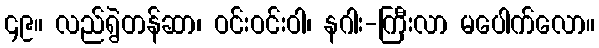
၄၉။ လည်ရွဲတန်ဆာ၊ ဝင်းဝင်းဝါ၊ နဂါး-ကြီးလာ မပေါက်လော။